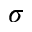
\sigma